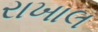
રાખાલ